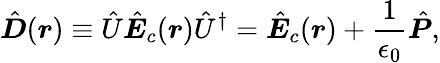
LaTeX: \hat{\boldsymbol D}(\boldsymbol r)\equiv\hat{U}\hat{\boldsymbol E}_{c}(\boldsymbol r)\hat{U}^{\dagger}=\hat{\boldsymbol E}_{c}(\boldsymbol r)+\frac{1}{\epsilon_{0}}\hat{\boldsymbol P},